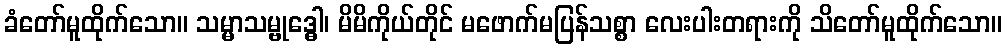
ခံတော်မူထိုက်သော။ သမ္မာသမ္ဗုဒ္ဓေါ၊ မိမိကိုယ်တိုင် မဖောက်မပြန်သစ္စာ လေးပါးတရားကို သိတော်မူထိုက်သော။